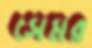
সেমর